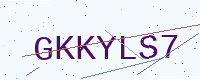
Text: GKKYLS7